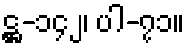
ဋ္ဌ-၁၄၂၊ ပါ-၇၁။